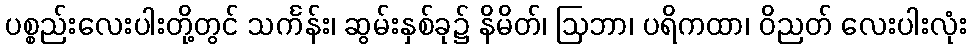
ပစ္စည်းလေးပါးတို့တွင် သင်္ကန်း၊ ဆွမ်းနှစ်ခု၌ နိမိတ်၊ ဩဘာ၊ ပရိကထာ၊ ဝိညတ် လေးပါးလုံး